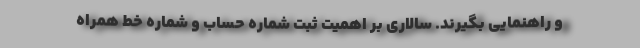
و راهنمایی بگیرند. سالاری بر اهمیت ثبت شماره حساب و شماره خط همراه